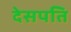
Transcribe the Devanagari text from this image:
देसपति